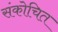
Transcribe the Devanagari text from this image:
संकोचित